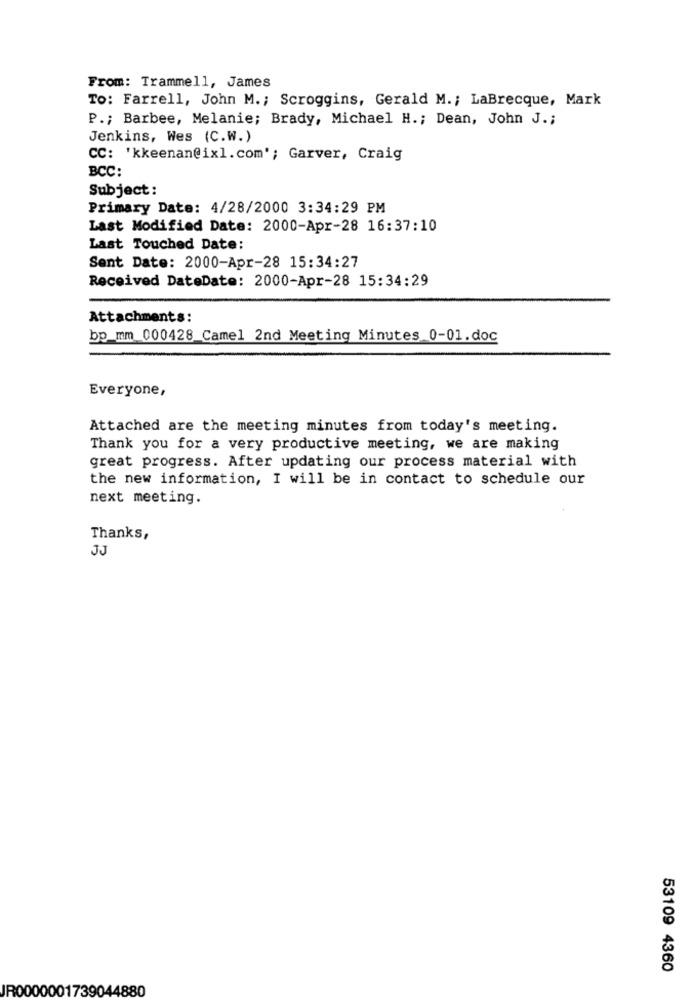
From: Trammell, James
To: Farrell, John M .; Scroggins, Gerald M. ; LaBrecque, Mark
P .; Barbee, Melanie; Brady, Michael H .; Dean, John J .;
Jenkins, Wes (C.W.)
CC: 'kkeenan@ixl.com'; Garver, Craig
BCC:
Subject :
Primary Date: 4/28/2000 3:34:29 PM
Last Modified Date: 2000-Apr-28 16:37:10
Last Touched Date:
Sent Date: 2000-Apr-28 15:34:27
Received DateDate: 2000-Apr-28 15:34:29
Attachments:
bp_mm 000428_Camel 2nd Meeting Minutes 0-01.doc
Everyone,
Attached are the meeting minutes from today's meeting.
Thank you for a very productive meeting, we are making
great progress. After updating our process material with
the new information, I will be in contact to schedule our
next meeting.
Thanks,
JJ
53109 4360
IR0000001739044880